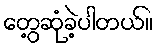
တွေ့ဆုံခဲ့ပါတယ်။